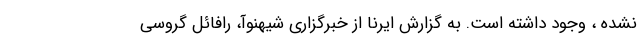
نشده ، وجود داشته است. به گزارش ایرنا از خبرگزاری شیهنوآ، رافائل گروسی